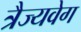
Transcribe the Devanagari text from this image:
त्रैज्यवेग